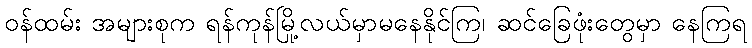
ဝန်ထမ်း အများစုက ရန်ကုန်မြို့လယ်မှာမနေနိုင်ကြ၊ ဆင်ခြေဖုံးတွေမှာ နေကြရ